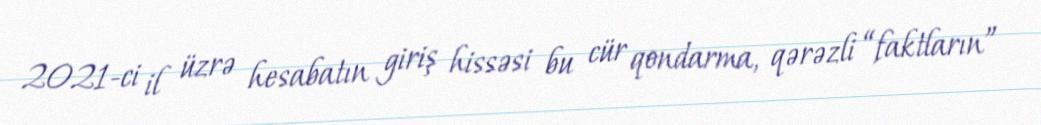
2021-ci il üzrə hesabatın giriş hissəsi bu cür qondarma, qərəzli “faktların”